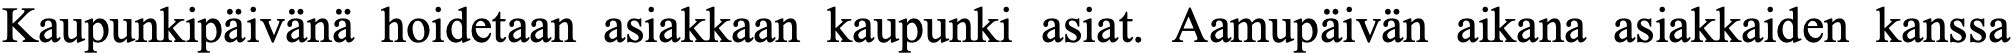
Kaupunkipäivänä hoidetaan asiakkaan kaupunki asiat. Aamupäivän aikana asiakkaiden kanssa